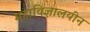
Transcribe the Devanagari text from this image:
महाविज्ञालयीन